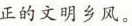
正的文明乡风。